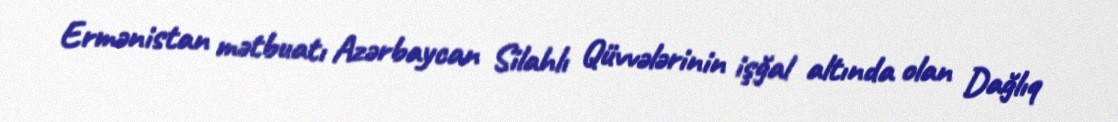
Ermənistan mətbuatı Azərbaycan Silahlı Qüvvələrinin işğal altında olan Dağlıq